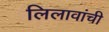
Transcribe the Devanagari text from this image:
लिलावांची